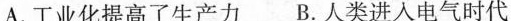
A.工业化提高了生产力 B.人类进入电气时代